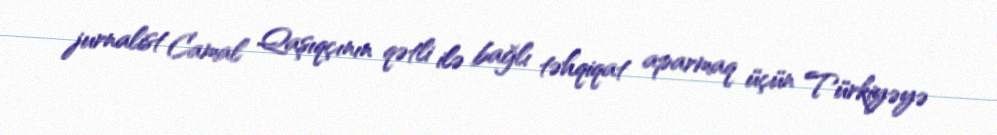
jurnalist Camal Qaşıqçının qətli ilə bağlı təhqiqat aparmaq üçün Türkiyəyə